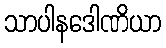
သာပါနဒေါဏိယာ